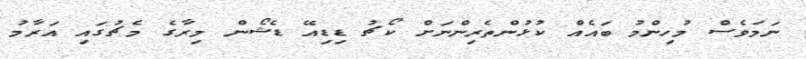
ނަމަވެސް މުހިންމު ބައެއް ކުޅުންތެރިންނަށް ކޯޗު ޑިޑިއޭ ޑެޝޯން މިރާގެ މެޗުގައި އަރާމު